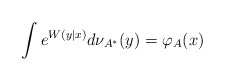
\begin{align*} \int e^{ W (y|x)} d \nu_{A^{*}}(y) = \varphi_A(x)\end{align*}